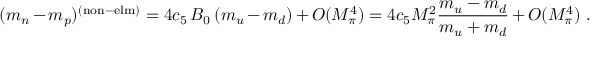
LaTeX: ( m _ { n } - m _ { p } ) ^ { ( \mathrm { n o n - e l m ) } } = 4 c _ { 5 } \, B _ { 0 } \, ( m _ { u } - m _ { d } ) + { \cal O } ( M _ { \pi } ^ { 4 } ) = 4 c _ { 5 } M _ { \pi } ^ { 2 } { \frac { m _ { u } - m _ { d } } { m _ { u } + m _ { d } } } + { \cal O } ( M _ { \pi } ^ { 4 } ) \, \, .